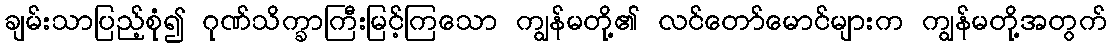
ချမ်းသာပြည့်စုံ၍ ဂုဏ်သိက္ခာကြီးမြင့်ကြသော ကျွန်မတို့၏ လင်တော်မောင်များက ကျွန်မတို့အတွက်